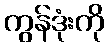
ကွန်ဒုံးကို